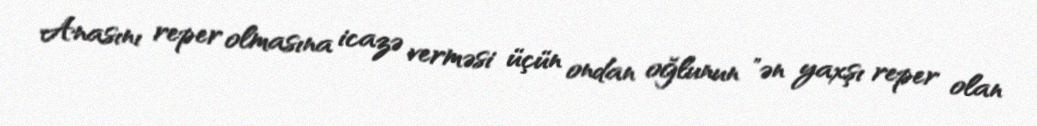
Anasını reper olmasına icazə verməsi üçün ondan oğlunun "ən yaxşı reper olan